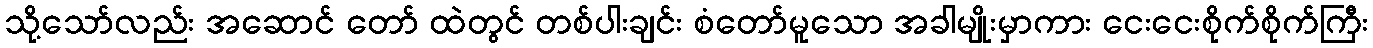
သို့သော်လည်း အဆောင် တော် ထဲတွင် တစ်ပါးချင်း စံတော်မူသော အခါမျိုးမှာကား ငေးငေးစိုက်စိုက်ကြီး